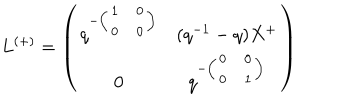
LaTeX: L ^ { ( + ) } = \left( \begin{array} { c c } { { q ^ { - \left( \begin{array} { c c } { { 1 } } & { { 0 } } \\ { { 0 } } & { { 0 } } \\ \end{array} \right) } } } & { { ( q ^ { - 1 } - q ) X ^ { + } } } \\ { { 0 } } & { { q ^ { - \left( \begin{array} { c c } { { 0 } } & { { 0 } } \\ { { 0 } } & { { 1 } } \\ \end{array} \right) } } } \\ \end{array} \right)